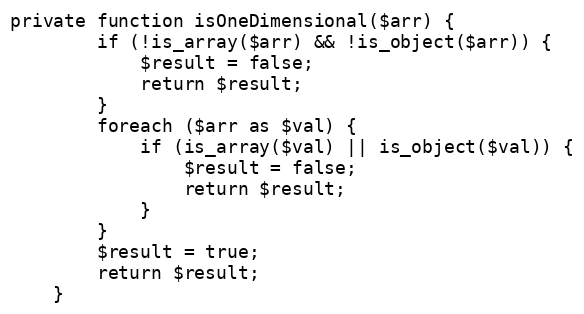
Language: PHP
private function isOneDimensional($arr) {
		if (!is_array($arr) && !is_object($arr)) {
			$result = false;
			return $result;
		}
		foreach ($arr as $val) {
			if (is_array($val) || is_object($val)) {
				$result = false;
				return $result;
			}
		}
		$result = true;
		return $result;
	}